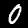
Label: 0